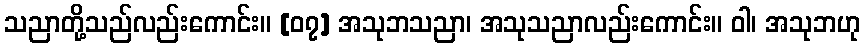
သညာတို့သည်လည်းကောင်း။ [၀၇] အသုဘသညာ၊ အသုသညာလည်းကောင်း။ ဝါ၊ အသုဘဟု